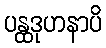
ပန္ထဒုဟနာပိ